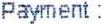
PAYMENT :